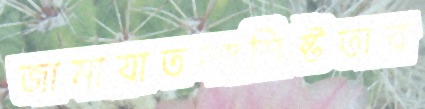
জামায়াতসংশ্লিষ্টতার